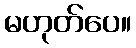
မဟုတ်ပေ။